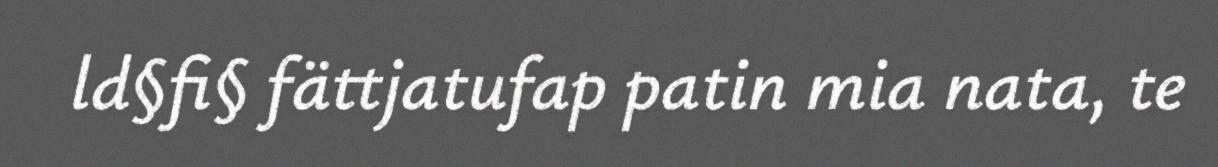
ld§fi§ fättjatufap patin mia nata, te